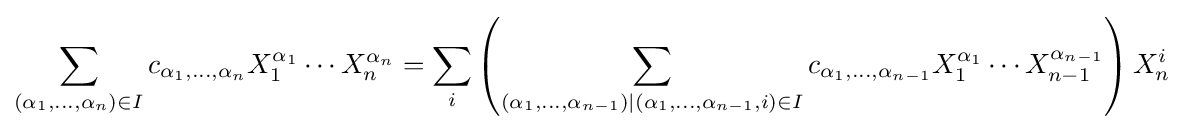
\sum _{(\alpha _{1},\ldots ,\alpha _{n})\in I}c_{\alpha _{1},\ldots ,\alpha _{n}}X_{1}^{\alpha _{1}}\cdots X_{n}^{\alpha _{n}}=\sum _{i}\left(\sum _{(\alpha _{1},\ldots ,\alpha _{n-1})\mid (\alpha _{1},\ldots ,\alpha _{n-1},i)\in I}c_{\alpha _{1},\ldots ,\alpha _{n-1}}X_{1}^{\alpha _{1}}\cdots X_{n-1}^{\alpha _{n-1}}\right)X_{n}^{i}